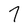
Character: 7